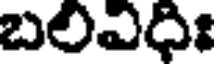
బలివిధిః